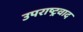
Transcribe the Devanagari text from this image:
उपराष्ट्रवाद